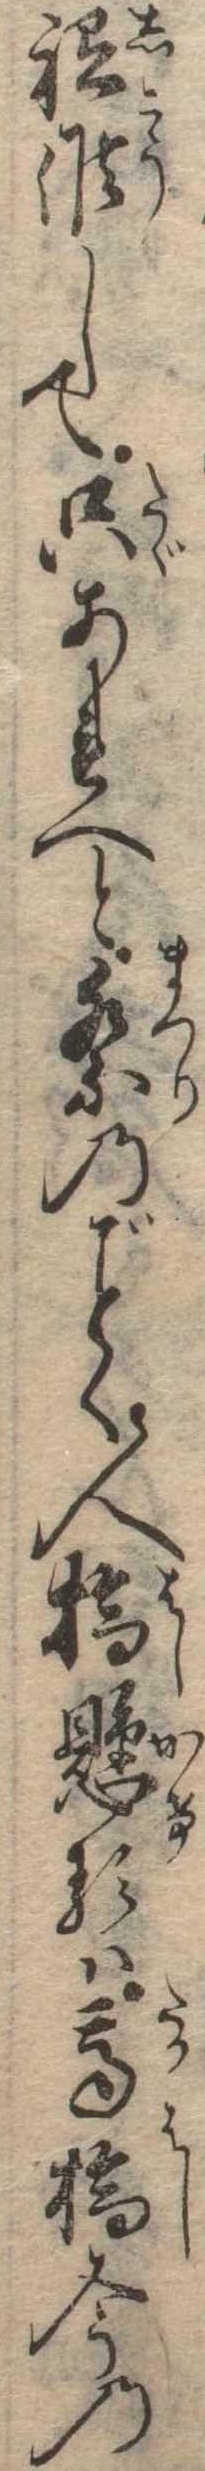
祗候して只あれへと祭のく人橋懸るは高橋今の